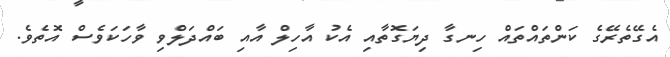
އެގޭތެރޭގެ ކަންތައްތައް ހިނގާ ދިޔަގޮތާއި އެކު އާހިލް އާއި ބައްދަލްވި ވާހަކަވެސް އޮތެވެ.